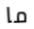
ما